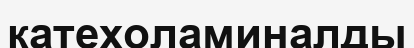
катехоламиналды